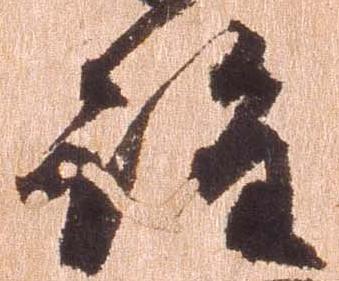
詮